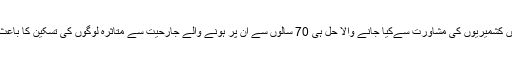
اقوام متحدہ میں کشمیریوں کی مشاورت سےکیا جانے والا حل ہی 70 سالوں سے ان پر ہونے والے جارحیت سے متاثرہ لوگوں کی تسکین کا باعث ہو سکتا ہے۔